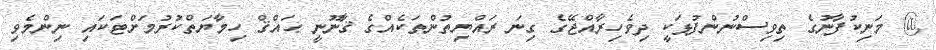
@ މަނިކުފާނުގެ ތިވިސްނުންފުޅަކީ ދިވެހިރާއްޖޭގެ ގިނަ ރައްޔިތުންތަކެއްގެ ޤާނޫނީ ޙައްޤް ހިމާޔަތްކުރުމަށްޓަކައި ނިންމެވި